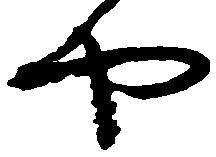
や